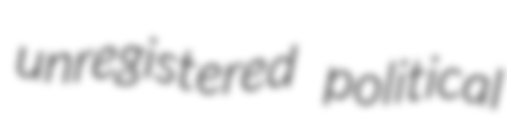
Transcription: unregistered political